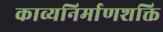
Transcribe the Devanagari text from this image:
काव्यनिर्माणशक्ति